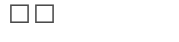
١٧